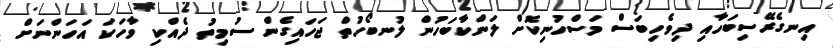
އިނގެރޭސިބަހާއި ދިވެހިބަސް މަސްހުނިކޮށް ލަންކާބަހުން ލުނބޯހުތް ޖަހައިގެން ސުމިތު ދެއްކި ވާހަކަ އަހަންނަށް